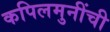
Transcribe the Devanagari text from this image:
कपिलमुनींची